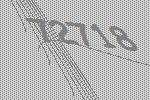
72718